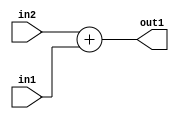
`timescale 1ps / 1ps
/*****************************************************************************
    Verilog RTL Description
    
    
    Created by: Stratus DpOpt 2019.1.01 
*******************************************************************************/

module DC_Filter_Add_4Ux4U_4U_1 (
	in2,
	in1,
	out1
	); /* architecture "behavioural" */ 
input [3:0] in2,
	in1;
output [3:0] out1;
wire [3:0] asc001;

assign asc001 = 
	+(in2)
	+(in1);

assign out1 = asc001;
endmodule

/* CADENCE  urjzSgE= : u9/ySgnWtBlWxVPRXgAZ4Og= ** DO NOT EDIT THIS LINE ******/